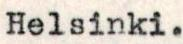
Helsinki.